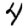
Digit: 4